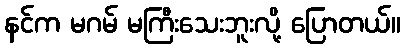
နင်က မဂမ် မကြီးသေးဘူးလို့ ပြောတယ်။